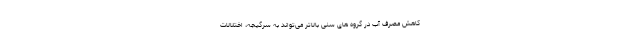
کاهش مصرف آب در گروه های سنی بالاتر می‌تواند به سرگیجه، اختلالات